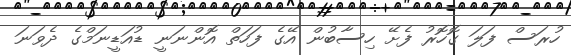
ހުރަސް ފަލަ ގޮހޮރު ފެށޭ ހިސާބުން އޭގެ ފަހަތް އޮންނަނީ ޑުއަޑީނަމްގެ ދެވަނަ